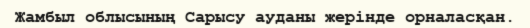
Жамбыл облысының Сарысу ауданы жерінде орналасқан.